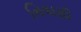
નિવાસી